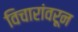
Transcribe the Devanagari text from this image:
विचारांवरून